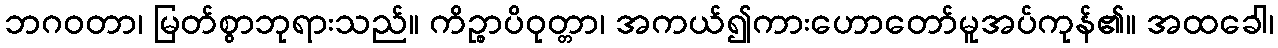
ဘဂဝတာ၊ မြတ်စွာဘုရားသည်။ ကိဉ္စာပိဝုတ္တာ၊ အကယ်၍ကားဟောတော်မူအပ်ကုန်၏။ အထခေါ၊